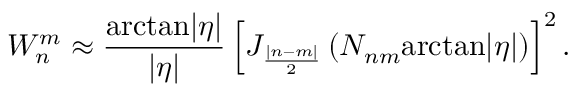
W _ { n } ^ { m } \approx \frac { \mathrm { a r c t a n } | \eta | } { | \eta | } \left[ J _ { \frac { | n - m | } 2 } \left( { \cal N } _ { n m } \mathrm { a r c t a n } | \eta | \right) \right] ^ { 2 } .